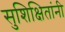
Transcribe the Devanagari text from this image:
सुशिक्षितांनी